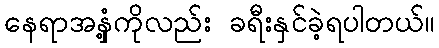
နေရာအနှံ့ကိုလည်း ခရီးနှင်ခဲ့ရပါတယ်။